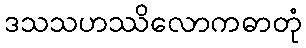
ဒသသဟဿိလောကဓာတုံ